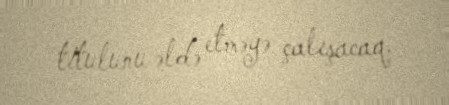
titulunu əldə etməyə çalışacaq.